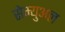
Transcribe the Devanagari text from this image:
सेम्‍युअल